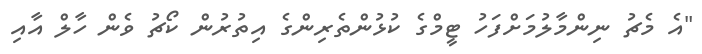
"އެ މެޗު ނިންމާލުމަށްފަހު ޓީމްގެ ކުޅުންތެރިންގެ އިތުރުން ކޯޗު ވެން ހާލް އާއި